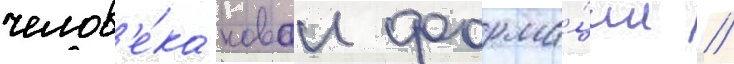
челов'е́ка новои форма́ции //